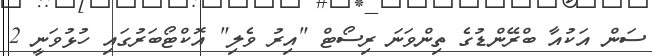
ސަން އަކުއާ ބްރޭންޑުގެ ތިންވަނަ ރިސޯޓް "އިރު ވެލި" އޮކްޓޯބަރުގައި ހުޅުވަނީ 2